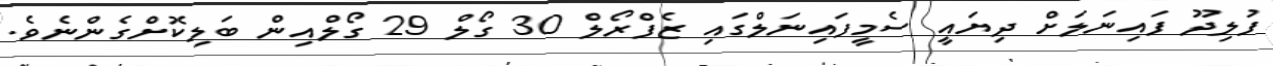
ފުލިދޫ ފައިނަލަށް ދިޔައީ ސެމީފައިނަލްގައި ޒެފްރޯލް 30 ގޯލް 29 ގޯލްއިން ބަލިކޮށްގެންނެވެ.